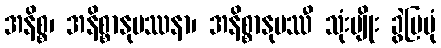
အနိစ္စ၊ အနိစ္စာနုပဿနာ၊ အနိစ္စာနုပဿီ သုံးမျိုး ခွဲပြပုံ